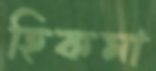
হিকমা